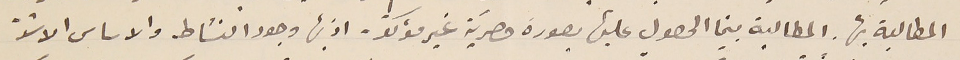
المطالبة بها. المطالبة بينما الحصول عليها بصورة حصريَة غير مؤكدّ. اذ بها وجود النشاط والاساس الاشدّ